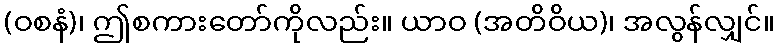
(ဝစနံ)၊ ဤစကားတော်ကိုလည်း။ ယာဝ (အတိဝိယ)၊ အလွန်လျှင်။